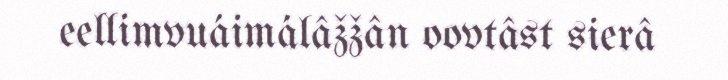
eellimvuáimálâžžân oovtâst sierâ